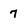
Character: 7